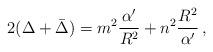
LaTeX: \begin{align*}2(\Delta +\bar{\Delta})= m^2\frac{\alpha^\prime}{R^2}+n^2\frac{R^2}{\alpha^\prime}\, ,\end{align*}